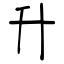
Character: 升